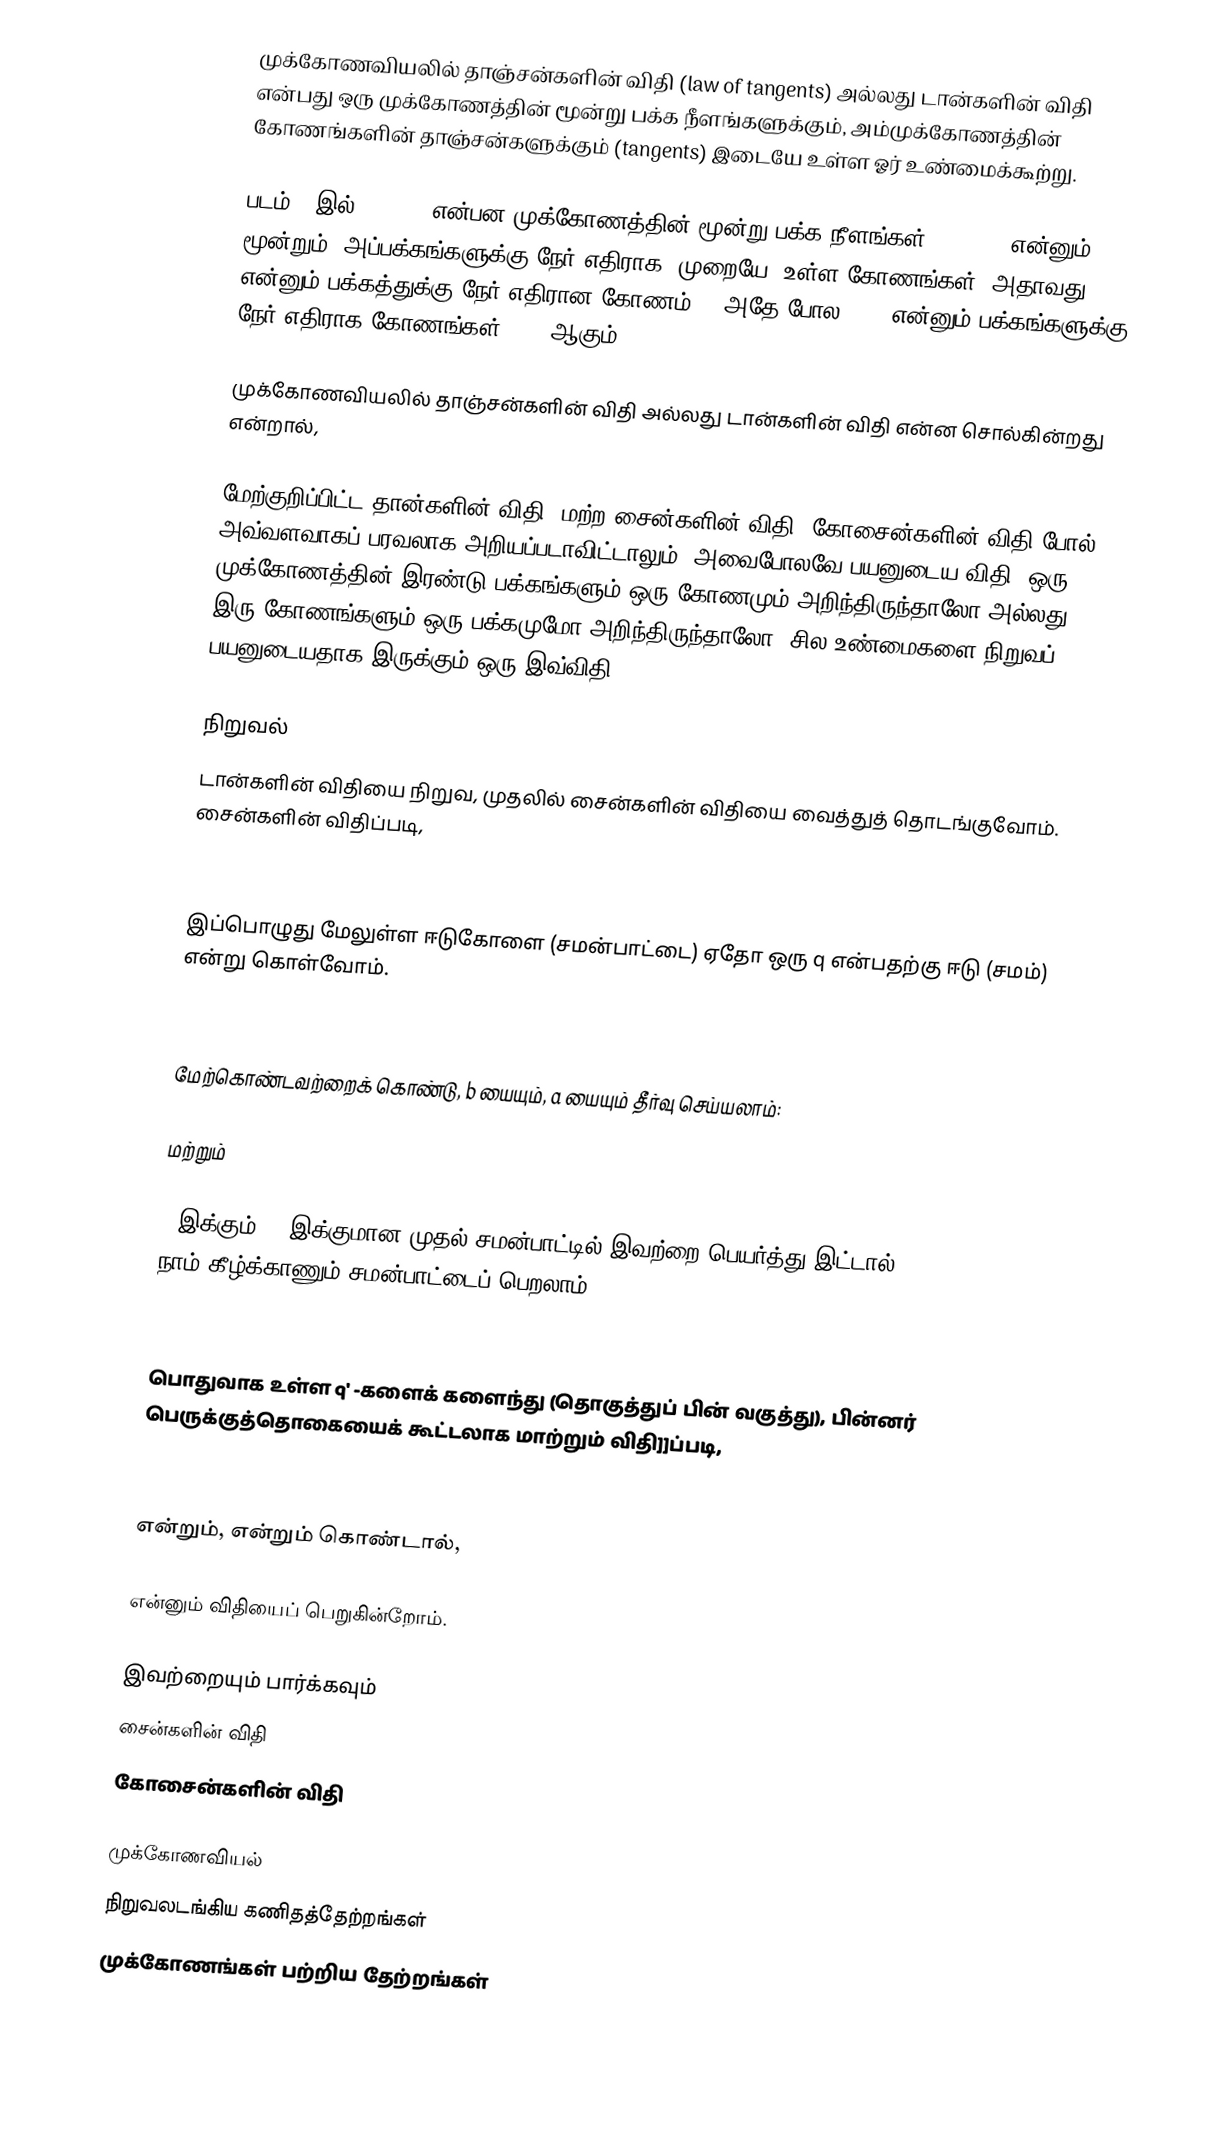
முக்கோணவியலில் தாஞ்சன்களின் விதி (law of tangents) அல்லது டான்களின் விதி என்பது ஒரு முக்கோணத்தின் மூன்று பக்க நீளங்களுக்கும், அம்முக்கோணத்தின் கோணங்களின் தாஞ்சன்களுக்கும் (tangents) இடையே உள்ள ஓர் உண்மைக்கூற்று.

படம் 1 இல்  a, b,  c  என்பன முக்கோணத்தின் மூன்று பக்க நீளங்கள்.  α, β,  γ என்னும் மூன்றும், அப்பக்கங்களுக்கு நேர் எதிராக, முறையே,  உள்ள கோணங்கள். அதாவது  a என்னும் பக்கத்துக்கு நேர் எதிரான கோணம் α, அதே போல b,  c  என்னும் பக்கங்களுக்கு நேர் எதிராக கோணங்கள்  β,  γ ஆகும்.

முக்கோணவியலில் தாஞ்சன்களின் விதி அல்லது டான்களின் விதி என்ன சொல்கின்றது என்றால்,

மேற்குறிப்பிட்ட தான்களின் விதி, மற்ற சைன்களின் விதி, கோசைன்களின் விதி போல் அவ்வளவாகப் பரவலாக அறியப்படாவிட்டாலும், அவைபோலவே பயனுடைய விதி. ஒரு முக்கோணத்தின் இரண்டு பக்கங்களும் ஒரு கோணமும் அறிந்திருந்தாலோ அல்லது இரு கோணங்களும் ஒரு பக்கமுமோ அறிந்திருந்தாலோ, சில உண்மைகளை நிறுவப் பயனுடையதாக இருக்கும் ஒரு இவ்விதி.

நிறுவல்
டான்களின் விதியை நிறுவ, முதலில் சைன்களின் விதியை வைத்துத் தொடங்குவோம். சைன்களின் விதிப்படி,

இப்பொழுது மேலுள்ள ஈடுகோளை (சமன்பாட்டை) ஏதோ ஒரு  q என்பதற்கு ஈடு (சமம்) என்று கொள்வோம்.

மேற்கொண்டவற்றைக் கொண்டு, b யையும்,  a யையும் தீர்வு செய்யலாம்:

   மற்றும்

a இக்கும் ,b இக்குமான முதல் சமன்பாட்டில் இவற்றை பெயர்த்து இட்டால் (substitute), நாம் கீழ்க்காணும் சமன்பாட்டைப் பெறலாம்:

பொதுவாக உள்ள q' -களைக் களைந்து (தொகுத்துப் பின் வகுத்து), பின்னர் பெருக்குத்தொகையைக் கூட்டலாக மாற்றும் விதி]]ப்படி,

 என்றும்,  என்றும் கொண்டால்,

என்னும் விதியைப் பெறுகின்றோம்.

இவற்றையும் பார்க்கவும்
சைன்களின் விதி
கோசைன்களின் விதி

முக்கோணவியல்
நிறுவலடங்கிய கணிதத்தேற்றங்கள்
முக்கோணங்கள் பற்றிய தேற்றங்கள்